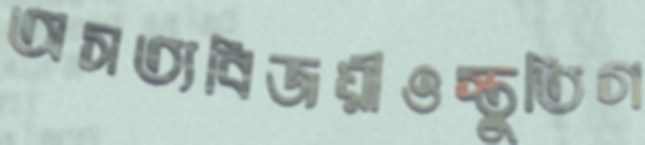
অসত্যবিজয়ীওস্তুতিগ